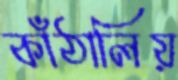
কাঁঠালিয়